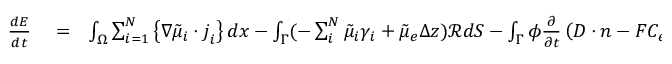
\begin{array} { r l r } { \frac { d E } { d t } } & { { } = } & { \int _ { \Omega } \sum _ { i = 1 } ^ { N } \left\{ \nabla \tilde { \mu } _ { i } \cdot \boldsymbol { j } _ { i } \right\} d x - \int _ { \Gamma } ( - \sum _ { i } ^ { N } \tilde { \mu } _ { i } \gamma _ { i } + \tilde { \mu } _ { e } \Delta z ) \mathcal { R } d S - \int _ { \Gamma } \phi \frac { \partial } { \partial t } \left( \boldsymbol { D } \cdot \boldsymbol { n } - F C _ { e } \right) d S } \end{array}